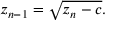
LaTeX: z _ { n - 1 } = { \sqrt { z _ { n } - c } } .